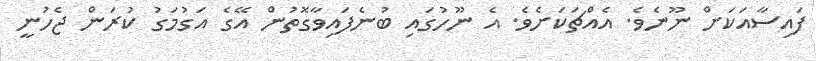
ފައިސާއަކަށް ނޫނެވެ. އެއްޗަކަށެވެ. އެ ނޫހުގައި ބުނެފައިވާގޮތުން އޭގެ އަގުމަގު ކުރަން ޖެހުނީ